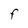
Character: F